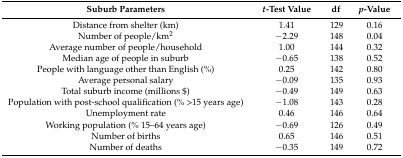
<table><thead><tr><td><b>Suburb Parameters</b></td><td><b><i>t</i>-Test Value</b></td><td><b>df</b></td><td><b><i>p</i>-Value</b></td></tr></thead><tbody><tr><td>Distance from shelter (km)</td><td>1.41</td><td>129</td><td>0.16</td></tr><tr><td>Number of people/km<sup>2</sup></td><td>−2.29</td><td>148</td><td>0.04</td></tr><tr><td>Average number of people/household</td><td>1.00</td><td>144</td><td>0.32</td></tr><tr><td>Median age of people in suburb</td><td>−0.65</td><td>138</td><td>0.52</td></tr><tr><td>People with language other than English (%)</td><td>0.25</td><td>142</td><td>0.80</td></tr><tr><td>Average personal salary</td><td>−0.09</td><td>135</td><td>0.93</td></tr><tr><td>Total suburb income (millions $)</td><td>−0.49</td><td>149</td><td>0.63</td></tr><tr><td>Population with post-school qualification (% &gt;15 years age)</td><td>−1.08</td><td>143</td><td>0.28</td></tr><tr><td>Unemployment rate</td><td>0.46</td><td>146</td><td>0.64</td></tr><tr><td>Working population (% 15–64 years age)</td><td>−0.69</td><td>126</td><td>0.49</td></tr><tr><td>Number of births</td><td>0.65</td><td>146</td><td>0.51</td></tr><tr><td>Number of deaths</td><td>−0.35</td><td>149</td><td>0.72</td></tr></tbody></table>